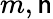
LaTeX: m,\mathsf{n}